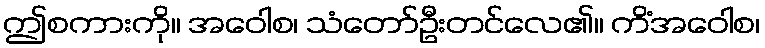
ဤစကားကို။ အဝေါစ၊ သံတော်ဦးတင်လေ၏။ ကိံအဝေါစ၊